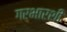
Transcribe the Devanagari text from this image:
गर्भारशी